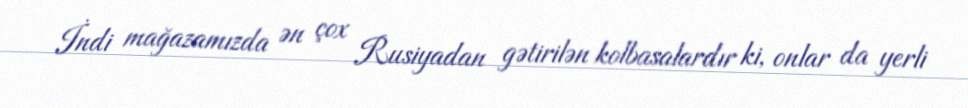
İndi mağazamızda ən çox Rusiyadan gətirilən kolbasalardır ki, onlar da yerli